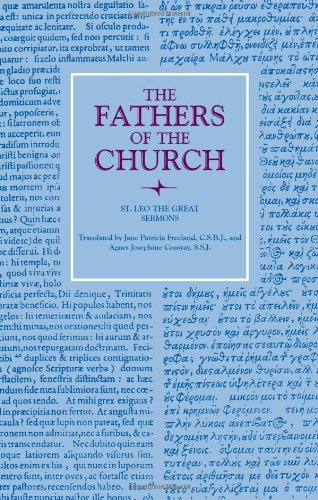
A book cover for Leo The Great: Sermons (Fathers of the Church Patristic Series); Leo the Great; Christian Books & Bibles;